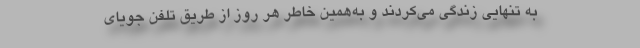
به تنهایی زندگی می‌کردند و به‌همین خاطر هر روز از طریق تلفن جویای